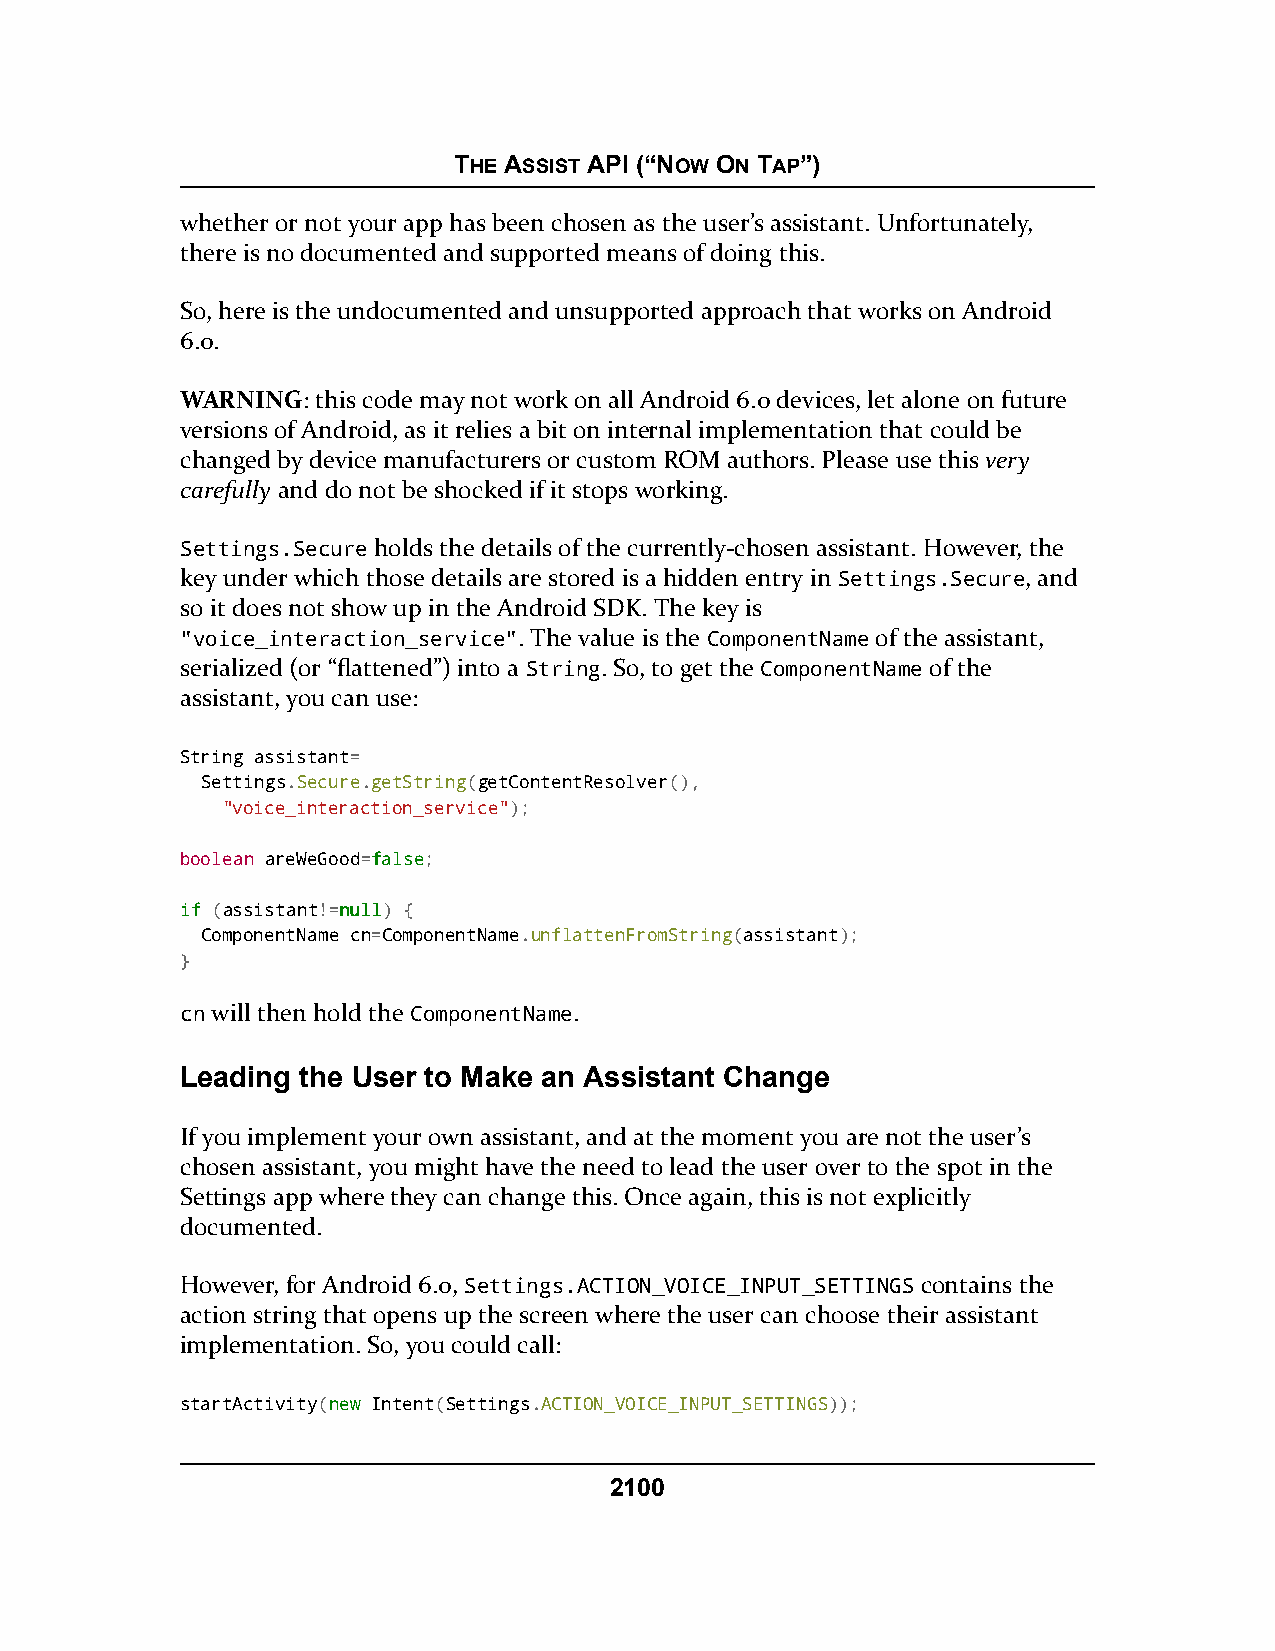
THE ASSIST API (“NOW ON TAP”)
 whether or not your app has been chosen as the user’s assistant. Unfortunately,
 there is no documented and supported means of doing this.
 So, here is the undocumented and unsupported approach that works on Android
 6.0.
 WARNING: this code may not work on all Android 6.0 devices, let alone on future
 versions of Android, as it relies a bit on internal implementation that could be
 changed by device manufacturers or custom ROM authors. Please use this very
 carefully and do not be shocked if it stops working.
 Settings.Secure holds the details of the currently-chosen assistant. However, the
 key under which those details are stored is a hidden entry in Settings.Secure, and
 so it does not show up in the Android SDK. The key is
 "voice_interaction_service". The value is the ComponentName of the assistant,
 serialized (or “flattened”) into a String. So, to get the ComponentName of the
 assistant, you can use:
 String assistant=
 Settings.Secure.getString(getContentResolver(),
 "voice_interaction_service");
 boolean areWeGood=ffaallssee;
 iiff (assistant!=nnuullll) {
 ComponentName cn=ComponentName.unflattenFromString(assistant);
 }
 cn will then hold the ComponentName.
 Leading the User to Make an Assistant Change
 If you implement your own assistant, and at the moment you are not the user’s
 chosen assistant, you might have the need to lead the user over to the spot in the
 Settings app where they can change this. Once again, this is not explicitly
 documented.
 However, for Android 6.0, Settings.ACTION_VOICE_INPUT_SETTINGS contains the
 action string that opens up the screen where the user can choose their assistant
 implementation. So, you could call:
 startActivity(nneeww Intent(Settings.ACTION_VOICE_INPUT_SETTINGS));
 2100